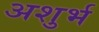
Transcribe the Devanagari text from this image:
अशुर्भ